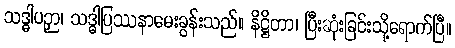
သဒ္ဓါပဉှာ၊ သဒ္ဓါပြဿနာမေးခွန်းသည်။ နိဋ္ဌိတာ၊ ပြီးဆုံးခြင်းသို့ရောက်ပြီ။